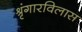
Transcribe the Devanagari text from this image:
श्रृंगारविलास